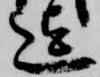
迄